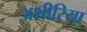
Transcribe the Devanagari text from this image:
अशीरिया